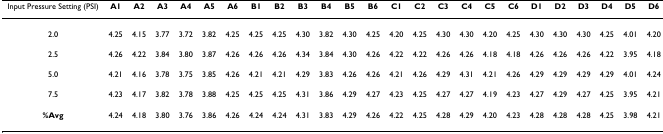
<table><thead><tr><td><b>Input Pressure Setting (PSI)</b></td><td><b>A1</b></td><td><b>A2</b></td><td><b>A3</b></td><td><b>A4</b></td><td><b>A5</b></td><td><b>A6</b></td><td><b>B1</b></td><td><b>B2</b></td><td><b>B3</b></td><td><b>B4</b></td><td><b>B5</b></td><td><b>B6</b></td><td><b>C1</b></td><td><b>C2</b></td><td><b>C3</b></td><td><b>C4</b></td><td><b>C5</b></td><td><b>C6</b></td><td><b>D1</b></td><td><b>D2</b></td><td><b>D3</b></td><td><b>D4</b></td><td><b>D5</b></td><td><b>D6</b></td></tr></thead><tbody><tr><td>2.0</td><td>4.25</td><td>4.15</td><td>3.77</td><td>3.72</td><td>3.82</td><td>4.25</td><td>4.25</td><td>4.25</td><td>4.30</td><td>3.82</td><td>4.30</td><td>4.25</td><td>4.20</td><td>4.25</td><td>4.30</td><td>4.30</td><td>4.20</td><td>4.25</td><td>4.30</td><td>4.30</td><td>4.30</td><td>4.25</td><td>4.01</td><td>4.20</td></tr><tr><td>2.5</td><td>4.26</td><td>4.22</td><td>3.84</td><td>3.80</td><td>3.87</td><td>4.26</td><td>4.26</td><td>4.26</td><td>4.34</td><td>3.84</td><td>4.30</td><td>4.26</td><td>4.22</td><td>4.22</td><td>4.26</td><td>4.26</td><td>4.18</td><td>4.18</td><td>4.26</td><td>4.26</td><td>4.26</td><td>4.22</td><td>3.95</td><td>4.18</td></tr><tr><td>5.0</td><td>4.21</td><td>4.16</td><td>3.78</td><td>3.75</td><td>3.85</td><td>4.26</td><td>4.21</td><td>4.21</td><td>4.29</td><td>3.83</td><td>4.26</td><td>4.26</td><td>4.21</td><td>4.26</td><td>4.29</td><td>4.31</td><td>4.21</td><td>4.26</td><td>4.29</td><td>4.29</td><td>4.29</td><td>4.29</td><td>4.01</td><td>4.24</td></tr><tr><td>7.5</td><td>4.23</td><td>4.17</td><td>3.82</td><td>3.78</td><td>3.88</td><td>4.25</td><td>4.25</td><td>4.25</td><td>4.31</td><td>3.86</td><td>4.29</td><td>4.27</td><td>4.23</td><td>4.25</td><td>4.27</td><td>4.27</td><td>4.19</td><td>4.23</td><td>4.27</td><td>4.29</td><td>4.27</td><td>4.25</td><td>3.95</td><td>4.21</td></tr><tr><td><b>%Avg</b></td><td>4.24</td><td>4.18</td><td>3.80</td><td>3.76</td><td>3.86</td><td>4.26</td><td>4.24</td><td>4.24</td><td>4.31</td><td>3.83</td><td>4.29</td><td>4.26</td><td>4.22</td><td>4.25</td><td>4.28</td><td>4.29</td><td>4.20</td><td>4.23</td><td>4.28</td><td>4.28</td><td>4.28</td><td>4.25</td><td>3.98</td><td>4.21</td></tr></tbody></table>